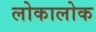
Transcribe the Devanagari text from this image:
लोकालोक